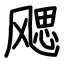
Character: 飔